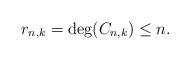
LaTeX: \begin{align*}r_{n,k}= \deg(C_{n,k})\leq n.\end{align*}